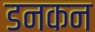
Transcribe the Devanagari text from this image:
डनकन